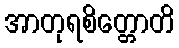
အာတုရစိတ္တောတိ